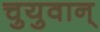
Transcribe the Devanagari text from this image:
चुयुवान्